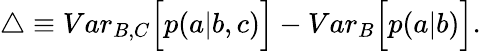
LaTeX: \begin{array}{r}{\bigtriangleup\equiv{Var}_{B,C}\Big[p(a|b,c)\Big]-{Var}_{B}\Big[p(a|b)\Big].}\end{array}